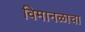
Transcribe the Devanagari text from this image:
विमानळाचा